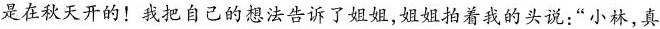
是在秋天开的！我把自己的想法告诉了姐姐，姐姐拍着我的头说：”小林，真